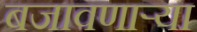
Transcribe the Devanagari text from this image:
बजावणार्‍या